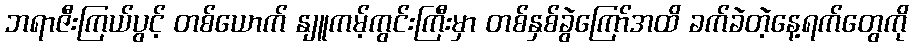
ဘရာဇီးကြယ်ပွင့် တစ်ယောက် နျူကမ့်ကွင်းကြီးမှာ တစ်နှစ်ခွဲကြော်အထိ ခက်ခဲတဲ့နေ့ရက်တွေကို